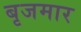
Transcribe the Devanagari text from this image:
बृजमार